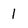
Character: 1